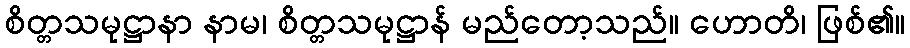
စိတ္တသမုဋ္ဌာနာ နာမ၊ စိတ္တသမုဋ္ဌာန် မည်တော့သည်။ ဟောတိ၊ ဖြစ်၏။